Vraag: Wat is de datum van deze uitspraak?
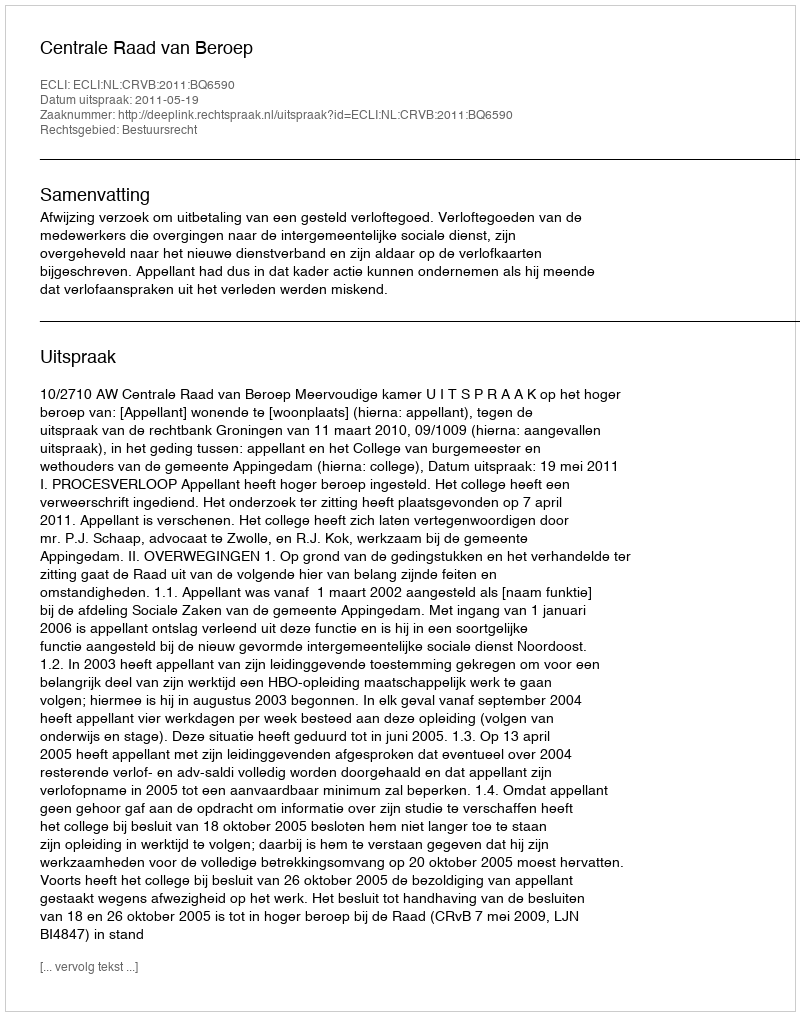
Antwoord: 2011-05-19